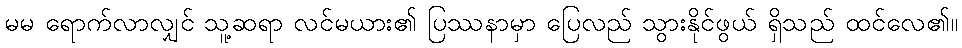
မမ ရောက်လာလျှင် သူ့ဆရာ လင်မယား၏ ပြဿနာမှာ ပြေလည် သွားနိုင်ဖွယ် ရှိသည် ထင်လေ၏။